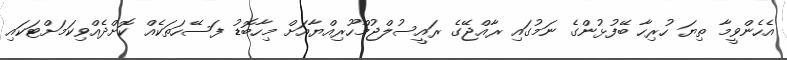
އެހެންވީމާ ތިޔަ ހުރިހާ ބޭފުޅުންގެ ނަމުގައި ރާއްޖޭގެ ރައީސުލްޖުމްހޫރިއްޔާއަށް މިހާބޮޑު ފަސޭހަތަކެއް ކޮށްދެއްވިކަމަށްޓަކައި